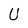
Character: U